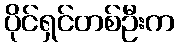
ပိုင်ရှင်တစ်ဦးက